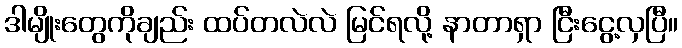
ဒါမျိုးတွေကိုချည်း ထပ်တလဲလဲ မြင်ရလို့ နာတာရှာ ငြီးငွေ့လှပြီ။